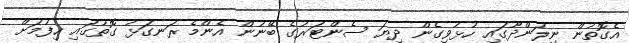
އެގޮތުން ނިލަންދޫގައި ހުޅުވިގެން ދިޔަ ސެންޓަރުގެ ބޭނުން އެންމެ ރަނގަޅު ގޮތުގައި ހިފުމަށް